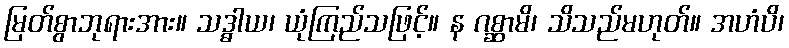
မြတ်စွာဘုရားအား။ သဒ္ဓါယ၊ ယုံကြည်သဖြင့်။ န ဂစ္ဆာမိ၊ သိသည်မဟုတ်။ အဟံပိ၊